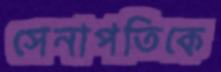
সেনাপতিকে